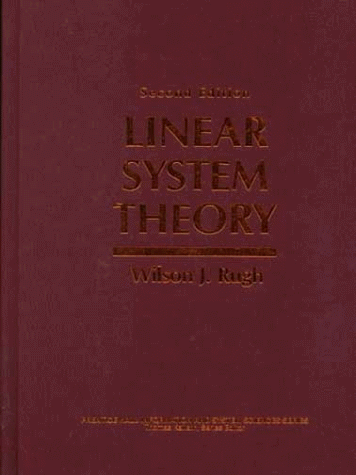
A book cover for Linear System Theory, 2nd Edition; Wilson J. Rugh; Computers & Technology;